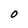
Character: O